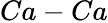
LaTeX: Ca-Ca